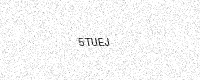
Text: 5TUEJ